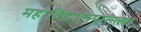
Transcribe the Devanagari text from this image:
महाविद्यालयातल्या